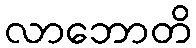
လာဘောတိ